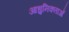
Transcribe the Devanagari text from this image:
आधुनिकताओं